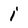
Character: i